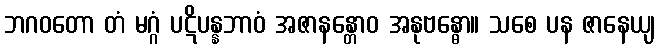
ဘဂဝတော တံ မဂ္ဂံ ပဋိပန္နဘာဝံ အဇာနန္တောဝ အနုဗန္ဓော။ သစေ ပန ဇာနေယျ